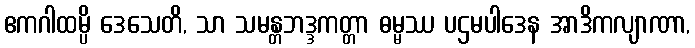
ဧကဂါထမ္ပိ ဒေသေတိ, သာ သမန္တဘဒ္ဒကတ္တာ ဓမ္မဿ ပဌမပါဒေန အာဒိကလျာဏာ,